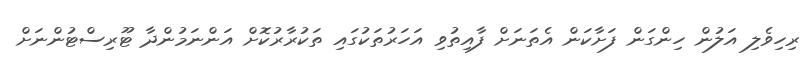
ރިހިވެލި އަލުން ހިންގަން ފަށާކަން އެތަނަށް ފާއިތުވި އަހަރުތަކުގައި ތަކުރާރުކޮށް އަންނަމުންދާ ޓޫރިސްޓުންނަށް